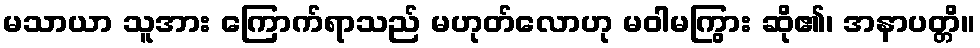
မသာယာ သူအား ကြောက်ရာသည် မဟုတ်လောဟု မဝါမကြွား ဆို၏၊ အနာပတ္တိ။